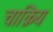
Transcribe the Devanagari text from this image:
चाक्रिय